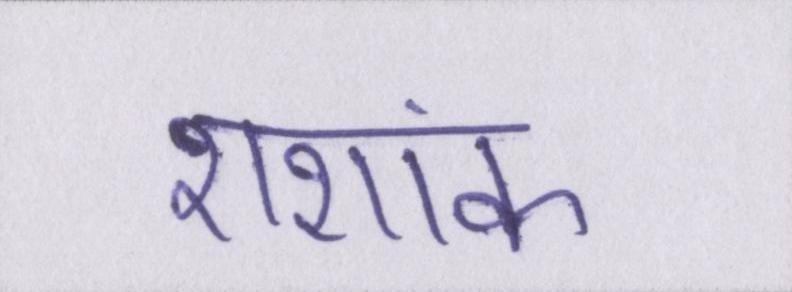
शशांक